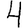
Digit: 4